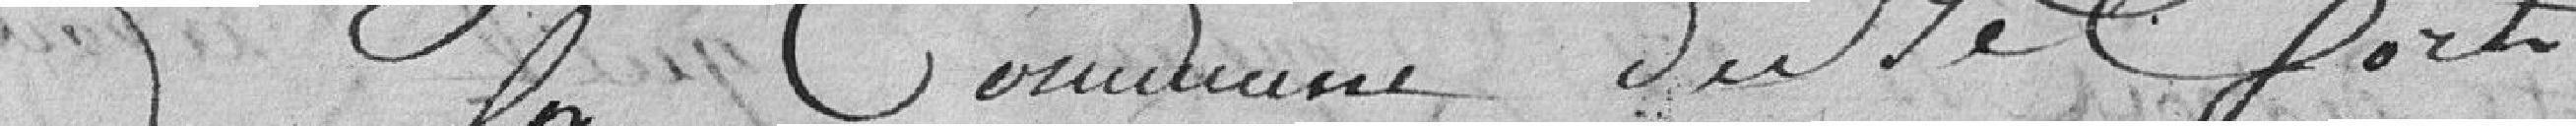
Commune de Belfort